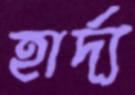
হার্দ্য